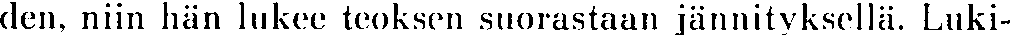
den, niin hän lukee teoksen suorastaan jännityksellä. Luki-